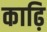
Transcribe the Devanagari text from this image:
काढ़ि